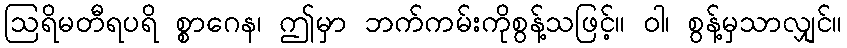
ဩရိမတီရပရိ စ္စာဂေန၊ ဤမှာ ဘက်ကမ်းကိုစွန့်သဖြင့်။ ဝါ၊ စွန့်မှသာလျှင်။